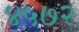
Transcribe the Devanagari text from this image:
४५७२